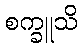
စက္ခူသိ